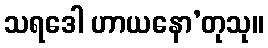
သရဒေါ ဟာယနော’တုသု။